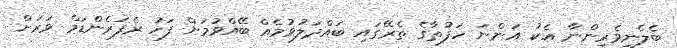
ބެލެނިވެރިންނާ އެކު އަންނަ ހަފުތާގެ ތެރޭގައި ބައްދަލުވުމެއް ބޭއްވުމަށް ފަހު ރެފަރެންޑަމް ވަރަށް